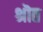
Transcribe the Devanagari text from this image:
श्रॊत